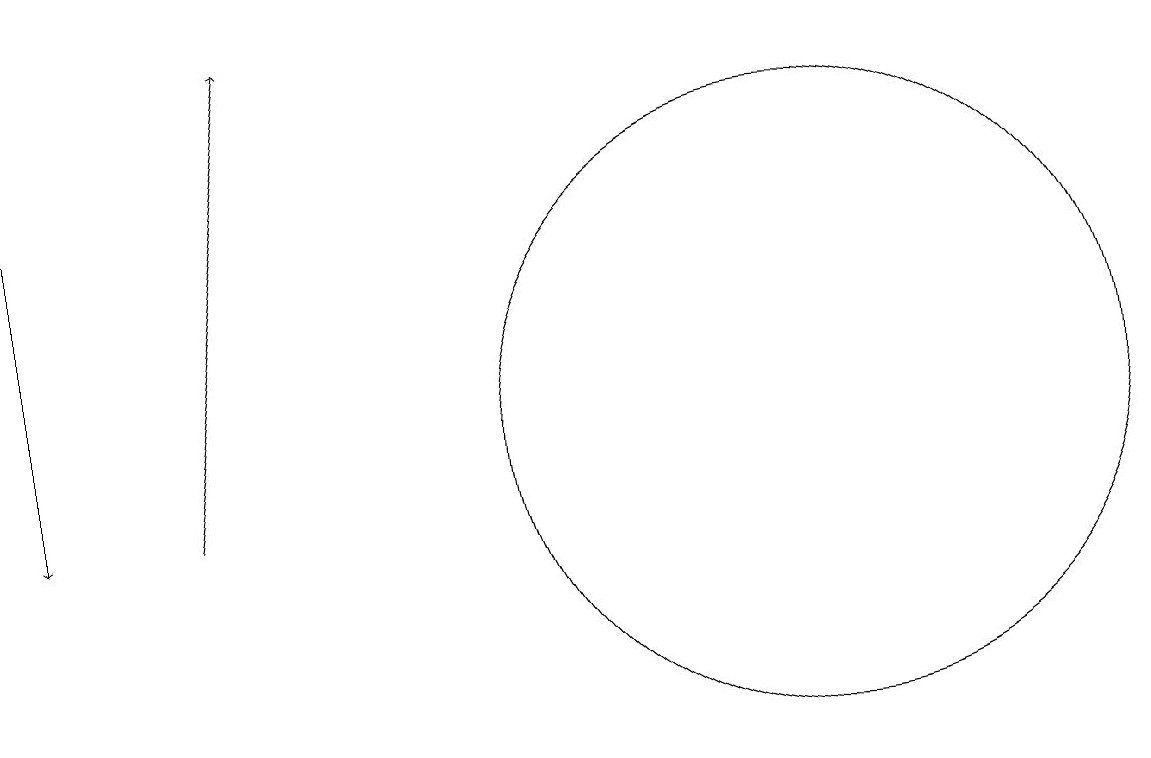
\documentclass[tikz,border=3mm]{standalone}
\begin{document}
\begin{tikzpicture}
\draw (10,12) circle (4);
\draw[->] (0,15) -- (0,11);
\draw[->] (2,11) -- (3,17);
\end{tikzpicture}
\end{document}